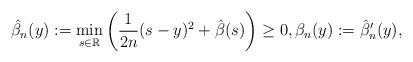
LaTeX: \begin{align*}\hat{\beta}_{n}(y) := \min_{s \in \mathbb{R}} \left ( \frac{1}{2n} (s-y)^{2} + \hat{\beta}(s) \right ) \geq 0, \beta_{n}(y) := \hat{\beta}_{n}'(y),\end{align*}